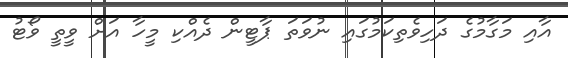
އާއި މަގާމުގެ ދަހިވެތިކަމުގައި ނުވަތަ ޕާޓީން ދެއްކި މީހާ އަށް ވީތީ ވޯޓު